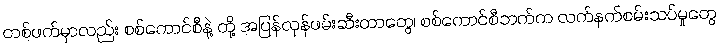
တစ်ဖက်မှာလည်း စစ်ကောင်စီနဲ့ တို့ အပြန်လှန်ဖမ်းဆီးတာတွေ၊ စစ်ကောင်စီဘက်က လက်နက်စမ်းသပ်မှုတွေ